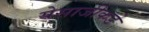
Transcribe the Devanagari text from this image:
येसाजीकडे